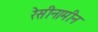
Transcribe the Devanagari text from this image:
रेसीनामीन